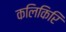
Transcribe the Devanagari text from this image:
कलिकिरि